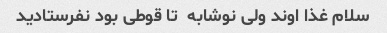
سلام غذا اوند ولی نوشابه  تا قوطی بود نفرستادید